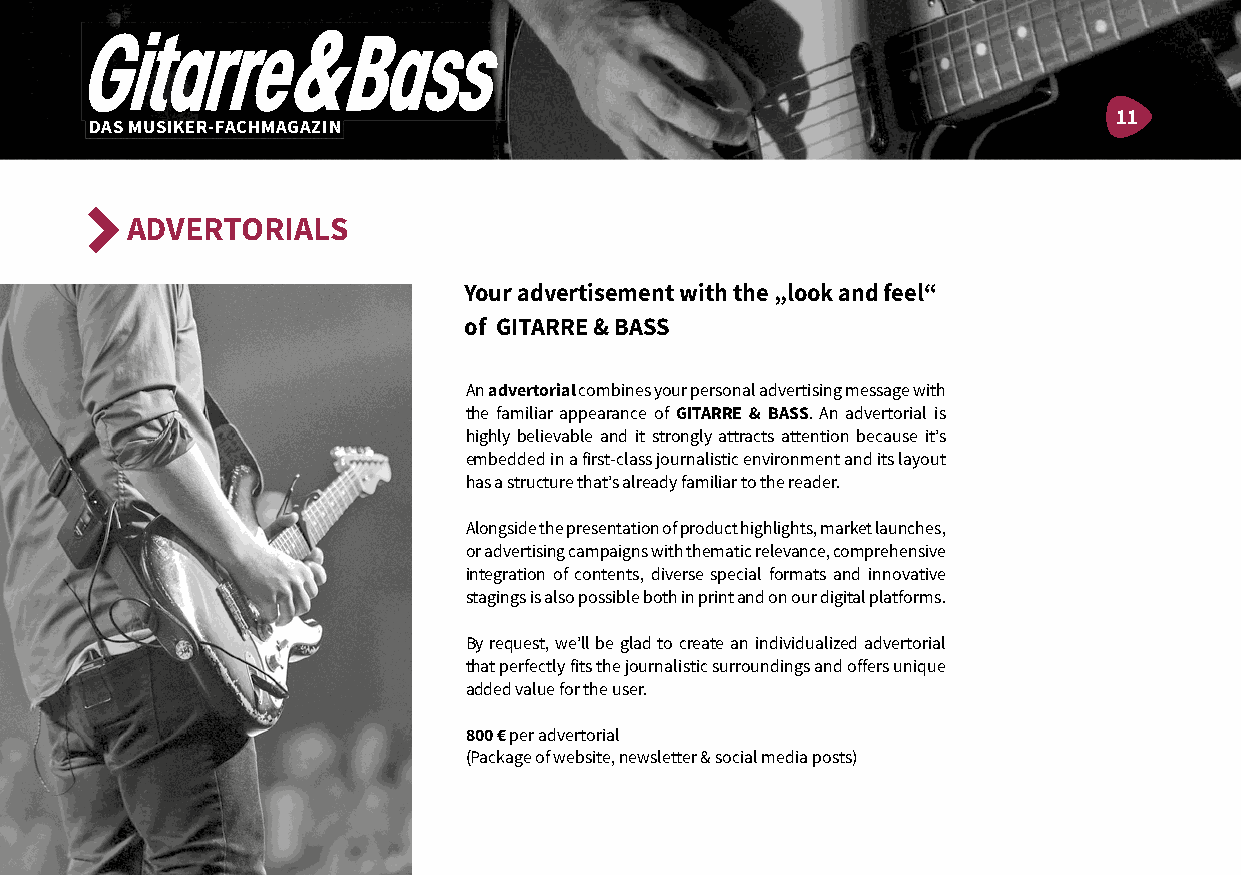
11
 DAS MUSIKER-FACHMAGAZIN
 ADVERTORIALS
 Your advertisement with the „look and feel“
 of GITARRE & BASS
 An advertorial combines your personal advertising message with
 the familiar appearance of GITARRE & BASS. An advertorial is
 highly believable and it strongly attracts attention because itʼs
 embedded in a first-class journalistic environment and its layout
 has a structure thatʼs already familiar to the reader.
 Alongside the presentation of product highlights, market launches,
 or advertising campaigns with thematic relevance, comprehensive
 integration of contents, diverse special formats and innovative
 stagings is also possible both in print and on our digital platforms.
 By request, weʼll be glad to create an individualized advertorial
 that perfectly fits the journalistic surroundings and offers unique
 added value for the user.
 800 € per advertorial
 (Package of website, newsletter & social media posts)